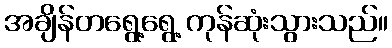
အချိန်တရွေ့ရွေ့ ကုန်ဆုံးသွားသည်။